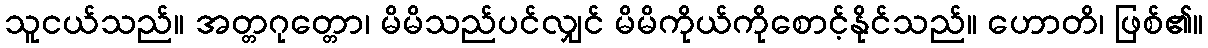
သူငယ်သည်။ အတ္တဂုတ္တော၊ မိမိသည်ပင်လျှင် မိမိကိုယ်ကိုစောင့်နိုင်သည်။ ဟောတိ၊ ဖြစ်၏။